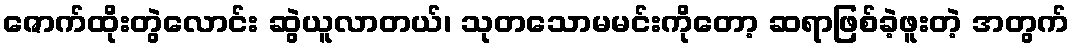
ဇောက်ထိုးတွဲလောင်း ဆွဲယူလာတယ်၊ သုတသောမမင်းကိုတော့ ဆရာဖြစ်ခဲ့ဖူးတဲ့ အတွက်